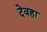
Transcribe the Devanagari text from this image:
देवहा